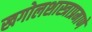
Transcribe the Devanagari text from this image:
खगोलशास्त्राप्रमाणे